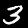
Digit: 3